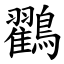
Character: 鸐